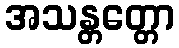
အသန္တတ္တော